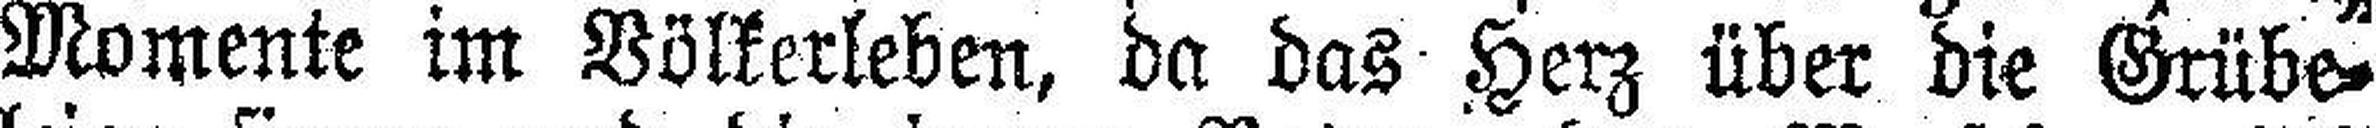
Momente im Völkerleben, da das Herz über die Grübe¬